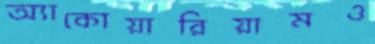
অ্যাকোয়ারিয়ামও